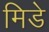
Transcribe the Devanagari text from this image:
मिडे